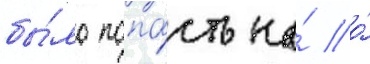
бы́ло попа́сть на́ о́